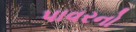
પાવરનો